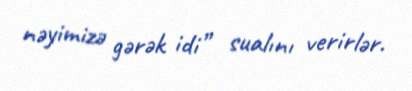
nəyimizə gərək idi” sualını verirlər.